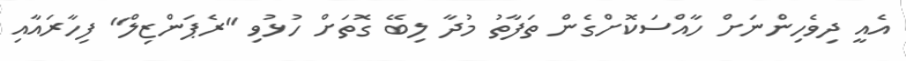
އެއީ ދިވެހިންނަށް ހާއްސަކޮށްގެން ތަފާތު މުދާ ލިބޭ ގޮތަށް ހުޅުވި "ރެޕަންޒިލް" ފިހާރައާއި